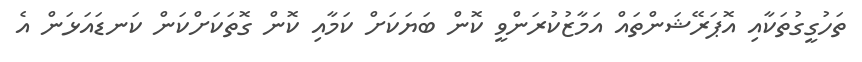
ތަހުގީގުތަކާއި އޮޕަރޭޝަންތައް އަމާޒުކުރަންވީ ކޮން ބަޔަކަށް ކަމާއި ކޮން ގޮތަކަށްކަން ކަނޑައަޅަން އެ